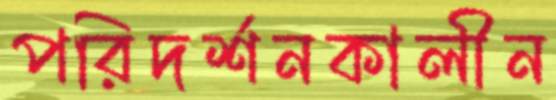
পরিদর্শনকালীন